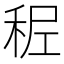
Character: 𥞭